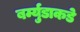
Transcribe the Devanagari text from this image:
बर्म्युडाकडे